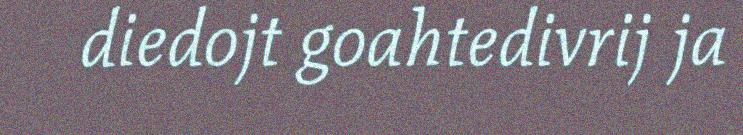
diedojt goahtedivrij ja